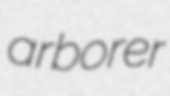
arborer